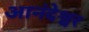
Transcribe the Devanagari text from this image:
आनंदेश्वर